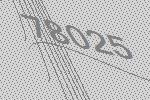
78025